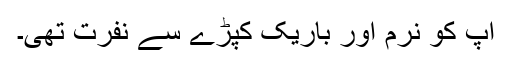
آپ کو نرم اور باریک کپڑے سے نفرت تھی۔